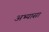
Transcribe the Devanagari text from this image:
अभ्यासा